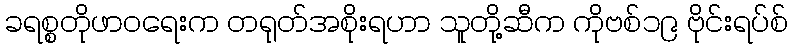
ခရစ္စတိုဖာဝရေးက တရုတ်အစိုးရဟာ သူတို့ဆီက ကိုဗစ်၁၉ ဗိုင်းရပ်စ်